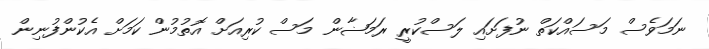
ނަމަވެސް މަސައްކަތް ނުފަށައި ލަސްކުރީ ރަމަޟާން މަސް ކުރިއަށް އޮތުމުން ކަމަށް އެކުންފުނިން